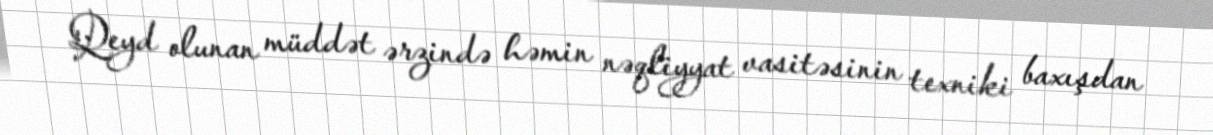
Qeyd olunan müddət ərzində həmin nəqliyyat vasitəsinin texniki baxışdan